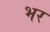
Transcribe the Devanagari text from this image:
भर